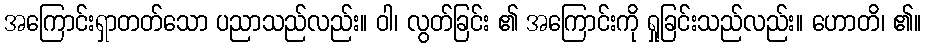
အကြောင်းရှာတတ်သော ပညာသည်လည်း။ ဝါ၊ လွတ်ခြင်း ၏ အကြောင်းကို ရှုခြင်းသည်လည်း။ ဟောတိ၊ ၏။